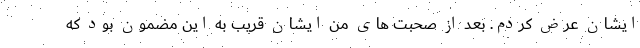
ایشان عرض کردم. بعد از صحبت های من ایشان قریب به این مضمون بود که